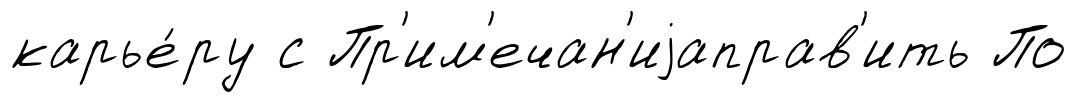
карье́ру с Пр'им'ечан'иjаправ'ить По